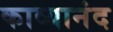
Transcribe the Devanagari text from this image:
काव्यानंद